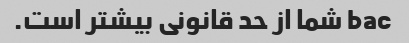
bac شما از حد قانونی بیشتر است.